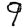
Digit: 9